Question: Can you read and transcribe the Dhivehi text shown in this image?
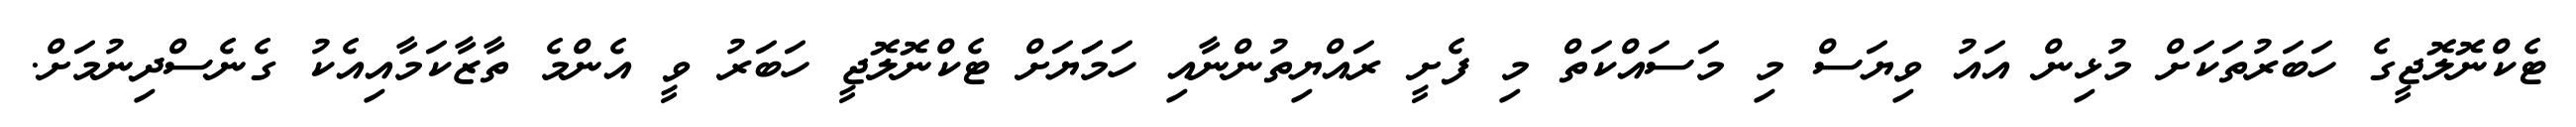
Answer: ޓެކްނޮލޮޖީގެ ހަބަރުތަކަށް މުޅިން އައު ވިޔަސް މި މަސައްކަތް މި ފެށީ ރައްޔިތުންނާއި ހަމަަޔަށް ޓެކްނޮލޮޖީ ހަބަރު ވީ އެންމެ ތާޒާކަމާއިއެކު ގެނެސްދިނުމަށް.